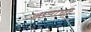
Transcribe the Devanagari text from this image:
आयाची